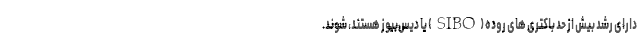
دارای رشد بیش از حد باکتری های روده (SIBO) یا دیس‌بیوز هستند، شوند.